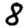
Digit: 8